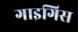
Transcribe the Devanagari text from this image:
गाइगिस